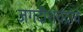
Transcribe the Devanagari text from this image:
जगदीशचंद्रांचे